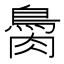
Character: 𦠂